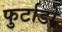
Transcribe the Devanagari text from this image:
फुर्टाडो